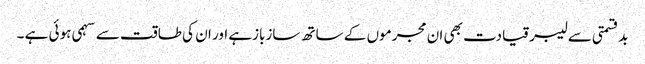
بدقسمتی سے لیبر قیادت بھی ان مجرموں کے ساتھ سازبازہے اور ان کی طاقت سے سہمی ہوئی ہے ۔